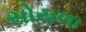
સોયલા